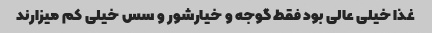
غذا خیلی عالی بود فقط گوجه و خیارشور و سس خیلی کم میزارند